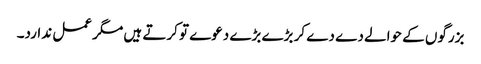
بزرگوں کے حوالے دے دے کر بڑے بڑے دعوے تو کرتے ہیں مگر عمل ندارد۔